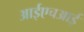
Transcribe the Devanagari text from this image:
आईएचआई